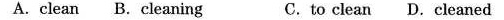
A.clean B. Cleaning C. to clean D.Cleaned